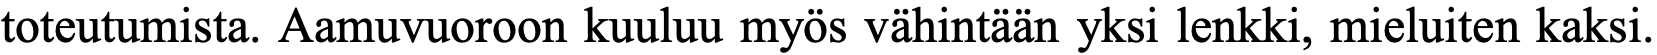
toteutumista. Aamuvuoroon kuuluu myös vähintään yksi lenkki, mieluiten kaksi.